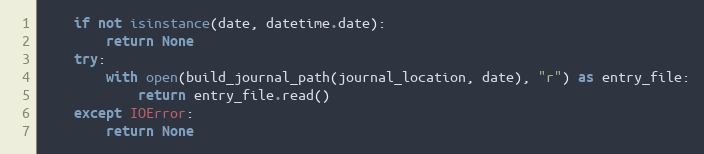
Language: Python
    if not isinstance(date, datetime.date):
        return None
    try:
        with open(build_journal_path(journal_location, date), "r") as entry_file:
            return entry_file.read()
    except IOError:
        return None